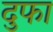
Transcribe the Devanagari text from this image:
दुफा